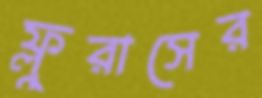
ফ্লুরাসের